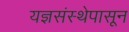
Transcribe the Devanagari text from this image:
यज्ञसंस्थेपासून